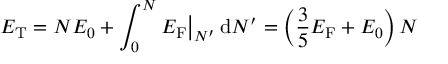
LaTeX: E _ { \mathrm { { T } } } = N E _ { 0 } + \int _ { 0 } ^ { N } E _ { \mathrm { F } } { \big | } _ { N ^ { \prime } } \, \mathrm { d } N ^ { \prime } = \left( { \frac { 3 } { 5 } } E _ { \mathrm { F } } + E _ { 0 } \right) N